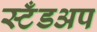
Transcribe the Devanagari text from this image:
स्टँडअप